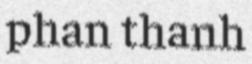
phan thanh